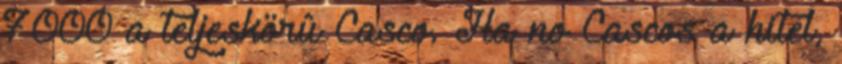
7000 a teljeskörû Casco. Ha no Cascos a hitel,